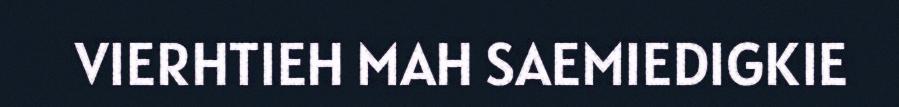
VIERHTIEH MAH SAEMIEDIGKIE